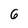
Character: 6